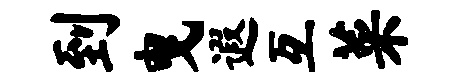
到曳遐互菜